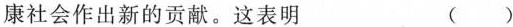
康社会作出新的贡献。这表明 ( )